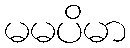
မမပိမာ